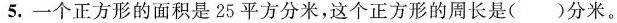
5.一个正方形的面积是25平方分米，这个正方形的周长是()分米。